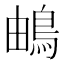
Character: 𩿬